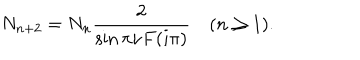
LaTeX: N _ { n + 2 } = N _ { n } \frac { 2 } { \sin \pi \nu F ( i \pi ) } \quad ( n \geq 1 ) .